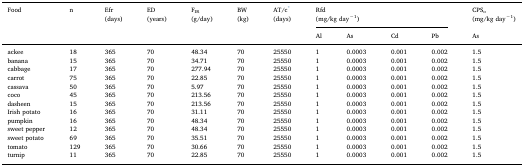
<table><thead><tr><td><b>Food</b></td><td><b>n</b></td><td><b>Efr(days)</b></td><td><b>ED(years)</b></td><td><b>F<sub>IR</sub>(g/day)</b></td><td><b>BW(kg)</b></td><td><b>AT/c*(days)</b></td><td colspan="4"><b>Rfd(mg/kg day<sup>−1</sup>)</b></td><td><b>CPS<sub>o</sub>(mg/kg day<sup>−1</sup>)</b></td></tr><tr><td></td><td></td><td></td><td></td><td></td><td></td><td></td><td><b>Al</b></td><td><b>As</b></td><td><b>Cd</b></td><td><b>Pb</b></td><td><b>As</b></td></tr></thead><tbody><tr><td>ackee</td><td>18</td><td>365</td><td>70</td><td>48.34</td><td>70</td><td>25550</td><td>1</td><td>0.0003</td><td>0.001</td><td>0.002</td><td>1.5</td></tr><tr><td>banana</td><td>15</td><td>365</td><td>70</td><td>34.71</td><td>70</td><td>25550</td><td>1</td><td>0.0003</td><td>0.001</td><td>0.002</td><td>1.5</td></tr><tr><td>cabbage</td><td>17</td><td>365</td><td>70</td><td>277.94</td><td>70</td><td>25550</td><td>1</td><td>0.0003</td><td>0.001</td><td>0.002</td><td>1.5</td></tr><tr><td>carrot</td><td>75</td><td>365</td><td>70</td><td>22.85</td><td>70</td><td>25550</td><td>1</td><td>0.0003</td><td>0.001</td><td>0.002</td><td>1.5</td></tr><tr><td>cassava</td><td>50</td><td>365</td><td>70</td><td>5.97</td><td>70</td><td>25550</td><td>1</td><td>0.0003</td><td>0.001</td><td>0.002</td><td>1.5</td></tr><tr><td>coco</td><td>45</td><td>365</td><td>70</td><td>213.56</td><td>70</td><td>25550</td><td>1</td><td>0.0003</td><td>0.001</td><td>0.002</td><td>1.5</td></tr><tr><td>dasheen</td><td>15</td><td>365</td><td>70</td><td>213.56</td><td>70</td><td>25550</td><td>1</td><td>0.0003</td><td>0.001</td><td>0.002</td><td>1.5</td></tr><tr><td>Irish potato</td><td>16</td><td>365</td><td>70</td><td>31.11</td><td>70</td><td>25550</td><td>1</td><td>0.0003</td><td>0.001</td><td>0.002</td><td>1.5</td></tr><tr><td>pumpkin</td><td>16</td><td>365</td><td>70</td><td>48.34</td><td>70</td><td>25550</td><td>1</td><td>0.0003</td><td>0.001</td><td>0.002</td><td>1.5</td></tr><tr><td>sweet pepper</td><td>12</td><td>365</td><td>70</td><td>48.34</td><td>70</td><td>25550</td><td>1</td><td>0.0003</td><td>0.001</td><td>0.002</td><td>1.5</td></tr><tr><td>sweet potato</td><td>69</td><td>365</td><td>70</td><td>35.51</td><td>70</td><td>25550</td><td>1</td><td>0.0003</td><td>0.001</td><td>0.002</td><td>1.5</td></tr><tr><td>tomato</td><td>129</td><td>365</td><td>70</td><td>30.66</td><td>70</td><td>25550</td><td>1</td><td>0.0003</td><td>0.001</td><td>0.002</td><td>1.5</td></tr><tr><td>turnip</td><td>11</td><td>365</td><td>70</td><td>22.85</td><td>70</td><td>25550</td><td>1</td><td>0.0003</td><td>0.001</td><td>0.002</td><td>1.5</td></tr></tbody></table>